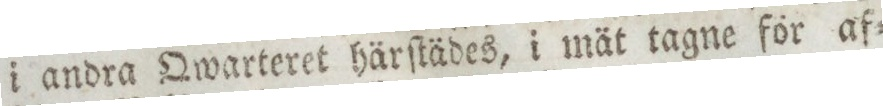
i andra Qwarteret härſtädes, i mät tagne för af=